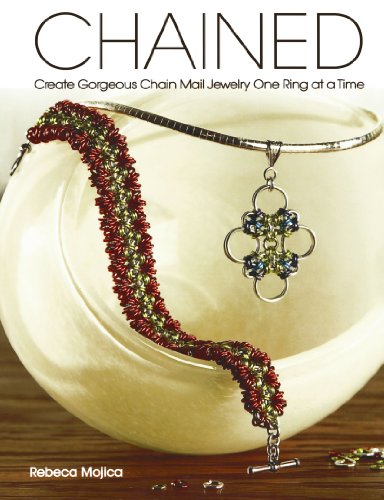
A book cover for Chained: Create Gorgeous Chain Mail Jewelry One Ring at a Time; Rebeca Mojica; Crafts, Hobbies & Home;